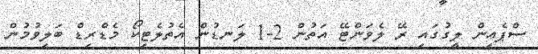
ސްޕެއިން ލީގުގައި ރޭ ލެވަންޓޭ އަތުން 2-1 ލަނޑުން އެތުލެޓިކޯ މެޑްރިޑް ބަލިވުމުން